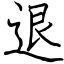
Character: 退